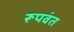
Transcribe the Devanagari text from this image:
रूपवंत